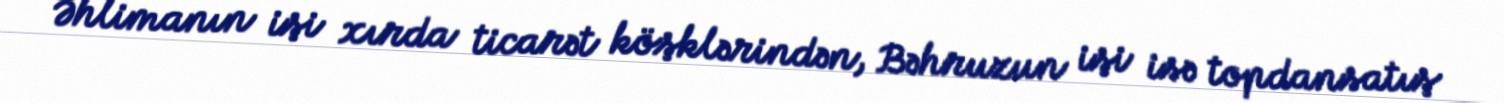
Əhlimanın işi xırda ticarət köşklərindən, Bəhruzun işi isə topdansatış